Source: Handwritten
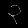
Digit: ၃ (3)